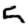
Digit: 5